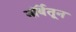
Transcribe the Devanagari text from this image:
नॉर्वेतून